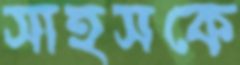
সাহসকে